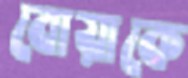
বোয়াকে